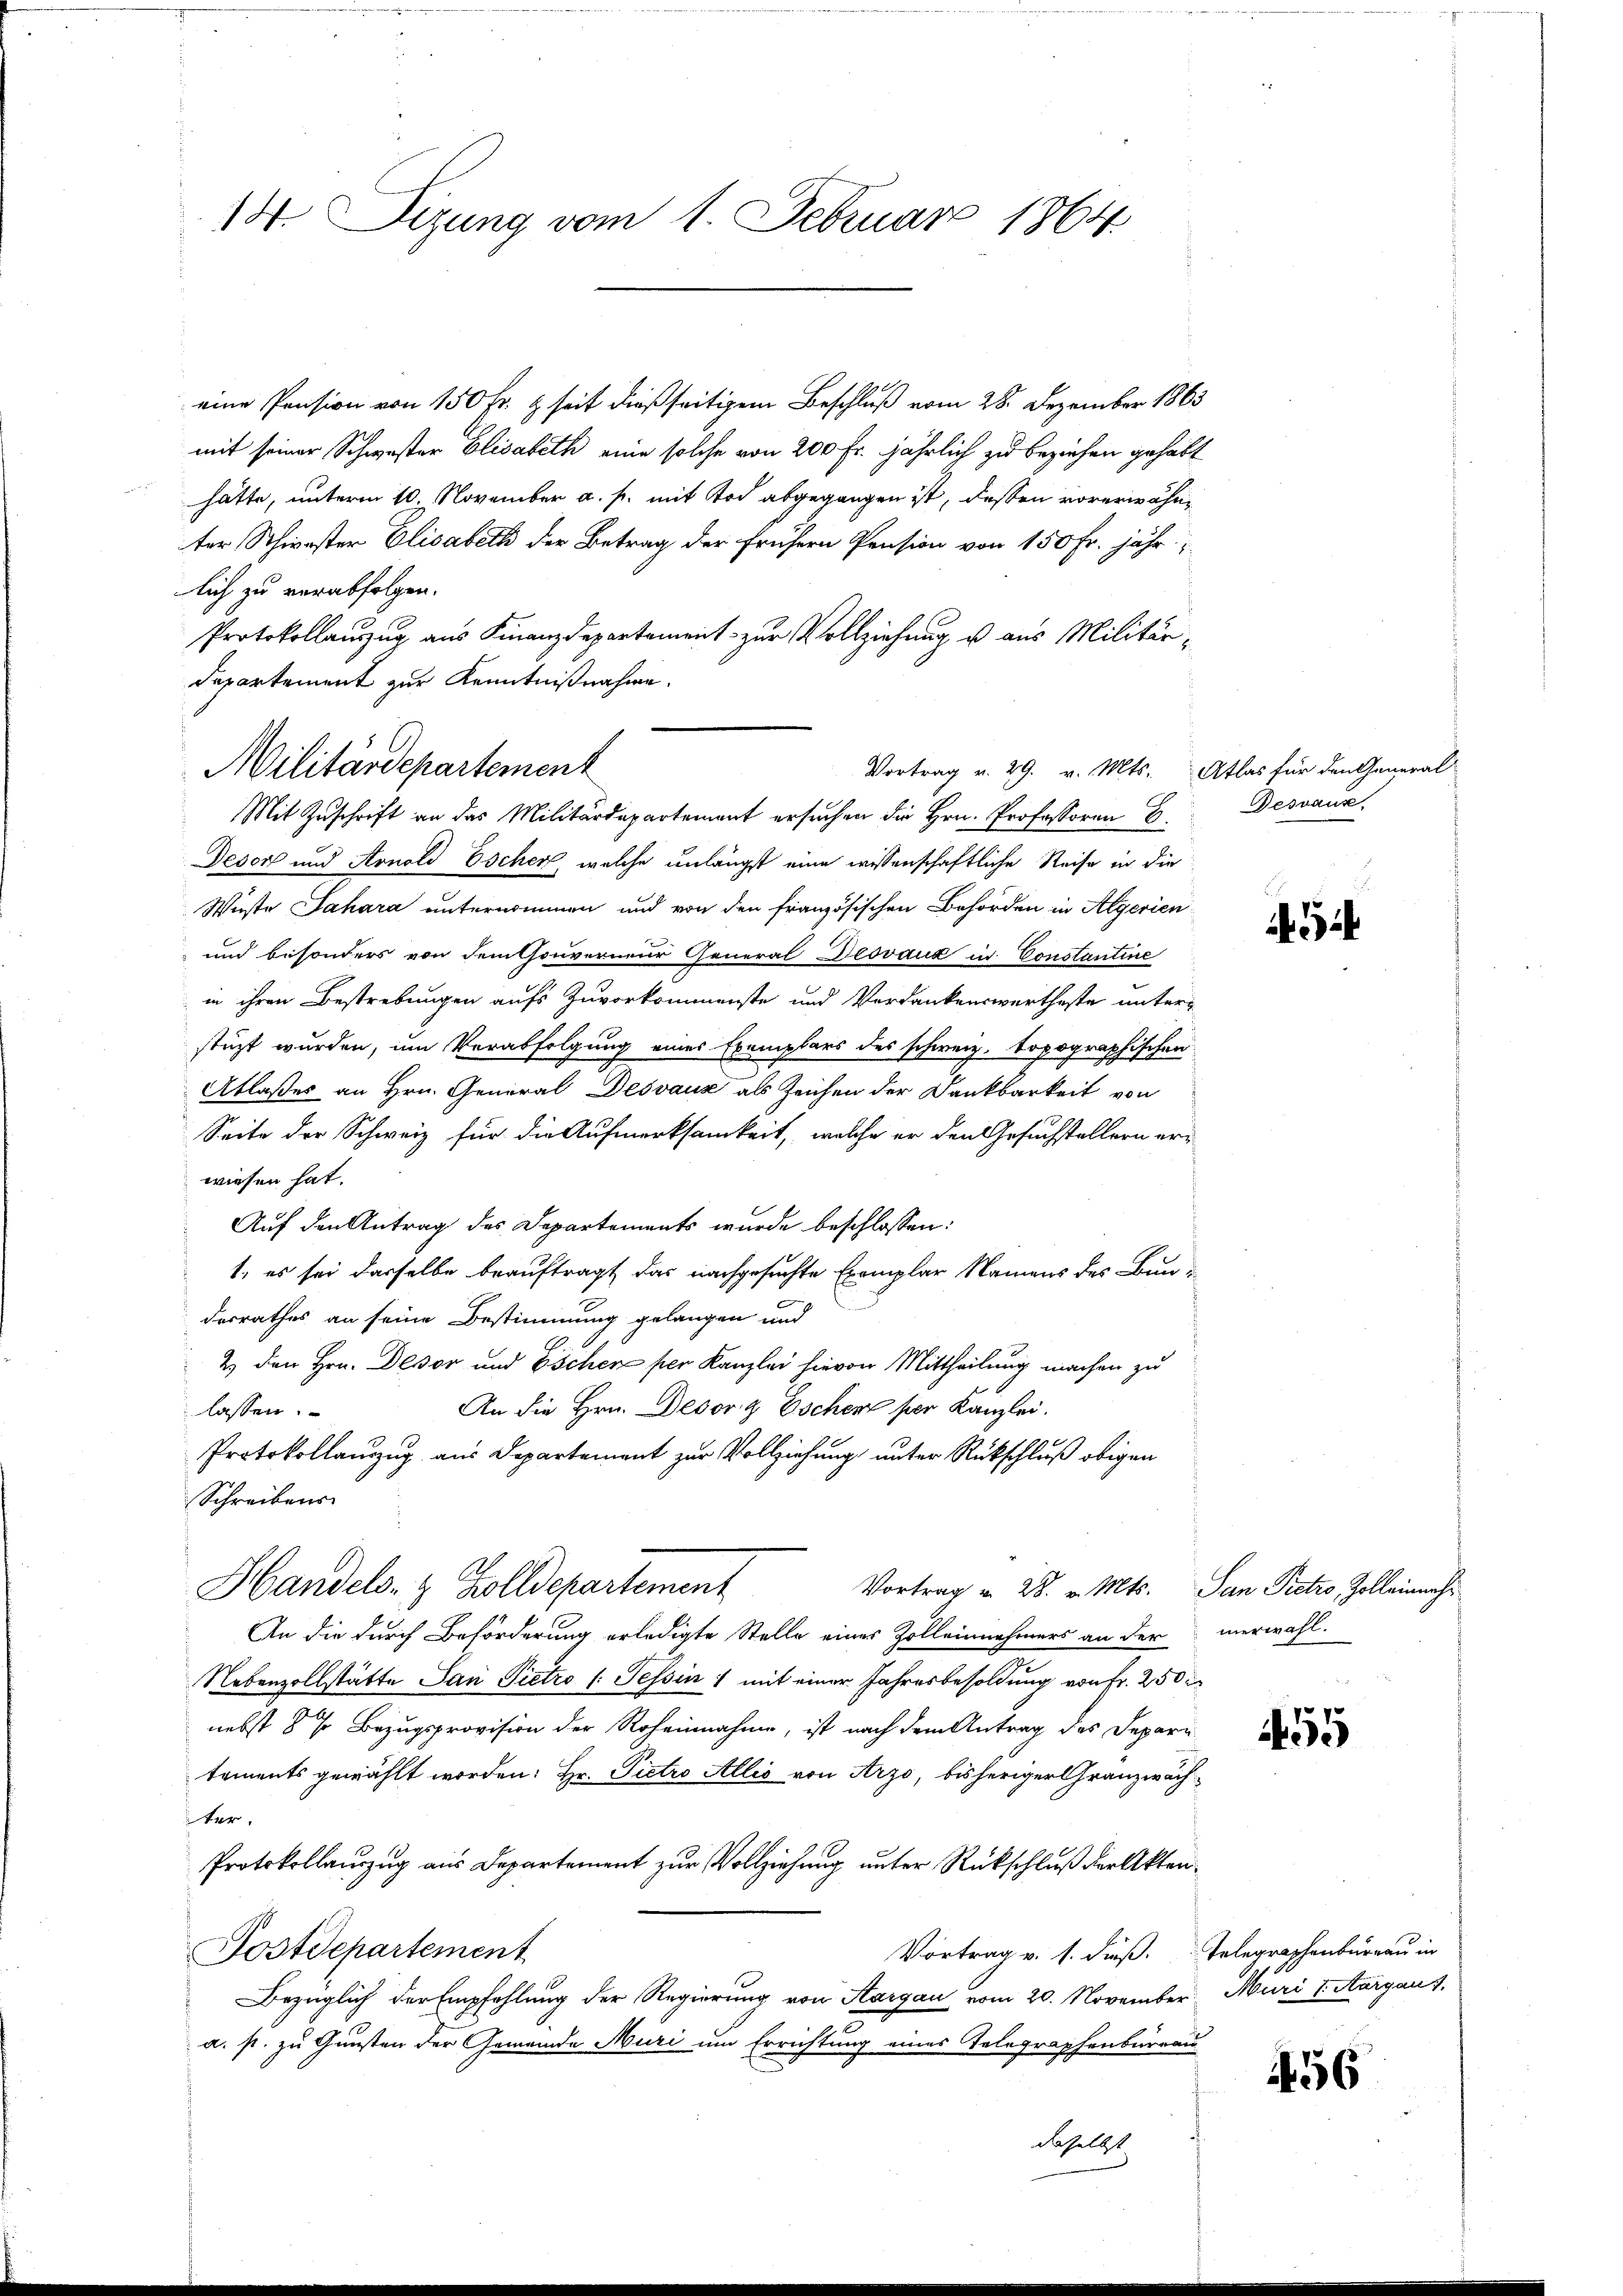
14. Sizung vom 1. Februar 1864

eine Pension von 150 Fr. & seit dießseitigem Beschluß vom 28. Dezember 1863
mit seiner Schwester Elisabeth eine solche von 200 Fr. jährlich zu beziehen gehabt
hätte, unterm 10. November a. p. mit Tod abgegangen ist, dessen vorerwähnter Schwester Elisabeth der Betrag der frühern Pension von 150 Fr. jähr
lich zu verabfolgen.
Protokollauszug aus Finanzdepartement zur Vollziehung u aus Militärdepartement zur Kenntnißnahme.
Desor und Arnold Escher, welche unlängst eine wissenschaftliche Reise in die
Weiste Jahara unternommen und von den französischen Behörden in Algerien
und besonders von dem thouverneur General Deovaux in Constantine
in ihren Bestrebungen aufs Zuvorkommenste und Verdankenswertheste unter-
stüzt wurden, um Verabfolgung eines Exemplars des schweiz. topographischen
Atlaßes an Hrn. General Desvaux als Zeichen der Dankbarkeit von
Seite der Schweiz für die Aufmerksamkeit, welche er den Gesuchstellern erwiesen hat.
Auf den Antrag des Departements wurde beschlossen:
1., es sei dasselbe beauftragt, das nachgesuchte Exemplar Namens des Bun-
derrathes an seine Bestimmung gelangen und
2) den Hrn. Dessor und Escher per Kanzlei hievon Mittheilung machen zu
An die Hrn. Desorg Eschen per Kanzlei.
lassen.
Protokollauszug aus Departement zur Vollziehung, unter Rückschluß obigen
Schreibens
Handels- & Zolldepartement
Vortrag u. 28. v. Mts. San Pretzo, Zoll einnah¬
An die durch Beförderung erledigte Stelle eines Zolleinnahmers an der verwahl.
Nebenzollstätte San Pietro (Tessin 1 mit einer Jahresbesoldung von fr. 250
nebst 8 % Bezugsprovision der Roheinnahme, ist nach dem Antrag des Depari
tements gewählt worden: Hr. Pietro Alles von Arzo, bisheriger Granzwachter.
Protokollauszug aus Departement zur Vollziehung unter Rückschluß der Akten¬
Vortrag v. s. dieß. Telegraphenbureau in
Postdepartement
Bezüglich der Empfehlung der Regierung von Aargau vom 20. November Muri u Margaus,
a. s. zu Gunsten der Gemeinde Muri um Errichtung eines Telegraphenbureau
daselbst.

Militärdepartement
Vortrag v. 29. v. Mts. Atlas für den General
Mit Zuschrift an das Militärdepartement ersuchen die Hrn. Professoren E

Besvaux,

455

456